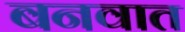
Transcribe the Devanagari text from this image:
बनवात